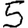
Digit: 5